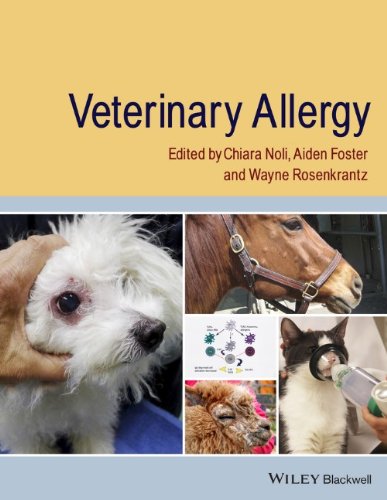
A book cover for Veterinary Allergy; Chiara Noli; Medical Books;